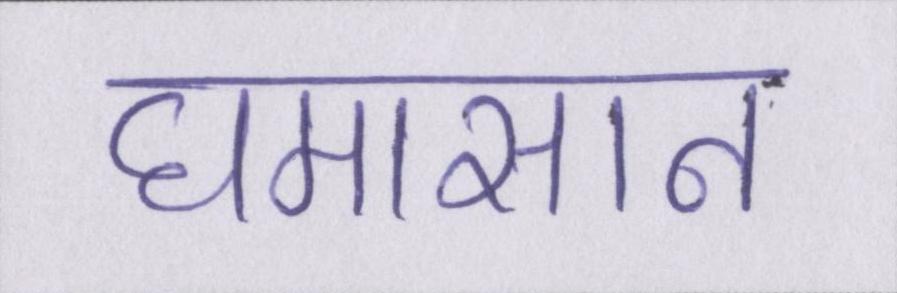
घमासान